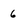
Character: 6